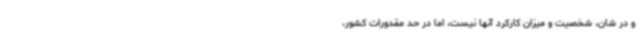
و در شان، شخصیت و میزان کارکرد آنها نیست، اما در حد مقدورات کشور،